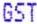
GST